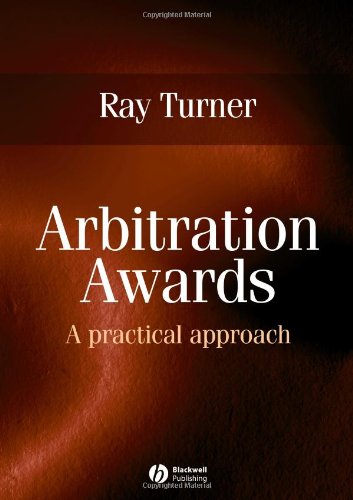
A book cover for Arbitration Awards: A Practical Approach; Ray Turner; Law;